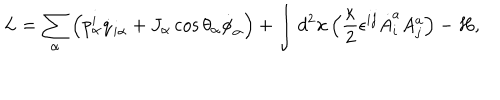
LaTeX: L = \sum _ { \alpha } \left( p _ { \alpha } ^ { i } \dot { q } _ { i \alpha } + J _ { \alpha } \cos \theta _ { \alpha } \dot { \phi } _ { \alpha } \right) + \int d ^ { 2 } { \bf x } \left( { \frac { \kappa } { 2 } } \epsilon ^ { i j } \dot { A } _ { i } ^ { a } A _ { j } ^ { a } \right) - H ,